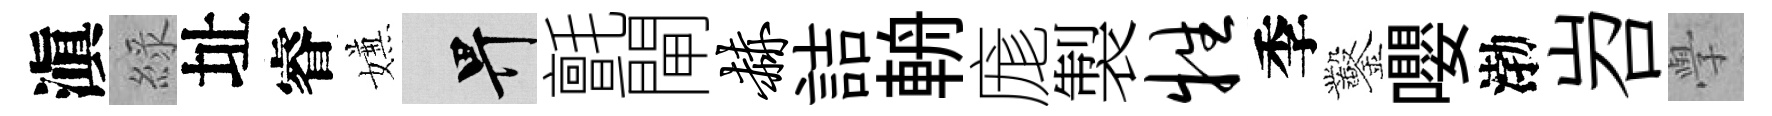
滇綠址睿嫌畀氈閘赫詰輈庬製牲季鑿嚶渤岧𭓕